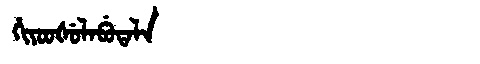
Manchu: ᡥᡳᠶᠣᠣᡧᡠᠯᠠᠪᡠᡨᠠᠯᠠ
Romanization: HIYOOŠULABUTALA